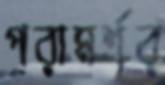
পরামর্শর